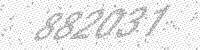
Solution: 882031